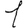
Digit: 1